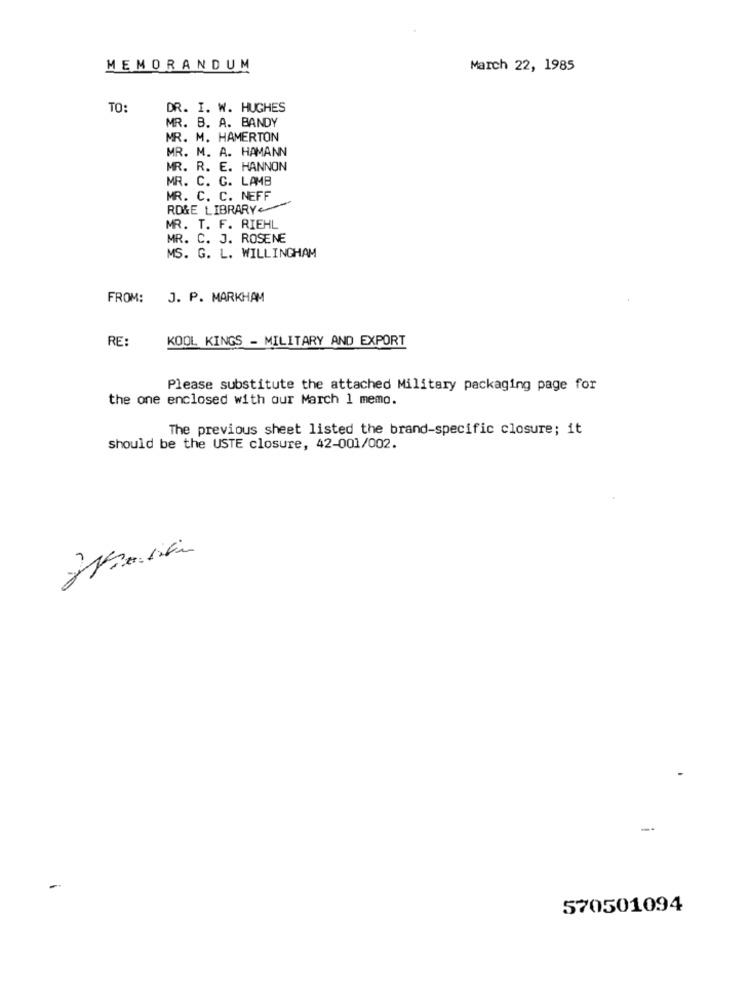
MEMORANDUM
March 22, 1985
TO:
DR. I. W. HUGHES
MR. B. A. BANDY
MR. M. HAMERTON
MR. M. A. HAMANN
MR. R. E. HANNON
MR. C. C. LAMB
MR. C. C. NEFF
RD&E LIBRARY
MR. T. F. RIEHL
MR. C. J. ROSENE
MS. G. L. WILLINGHAM
FROM:
J. P. MARKHAM
RE:
KOOL KINGS - MILITARY AND EXPORT
Please substitute the attached Military packaging page for
the one enclosed with our March 1 memo.
The previous sheet listed the brand-specific closure; it
should be the USTE closure, 42-001/002.
570501094